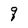
Character: q